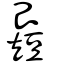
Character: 𥐉